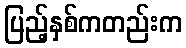
ပြည့်နှစ်ကတည်းက